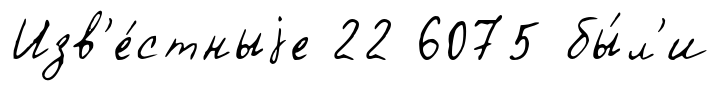
Изв'е́стныjе 22 6075 бы́л'и